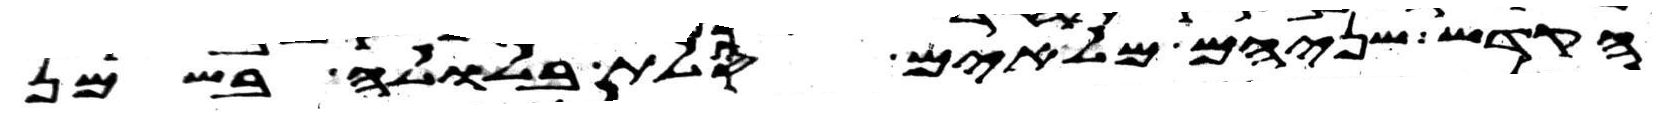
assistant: הקדש שניהם מלאים סלת בלולה בשמן